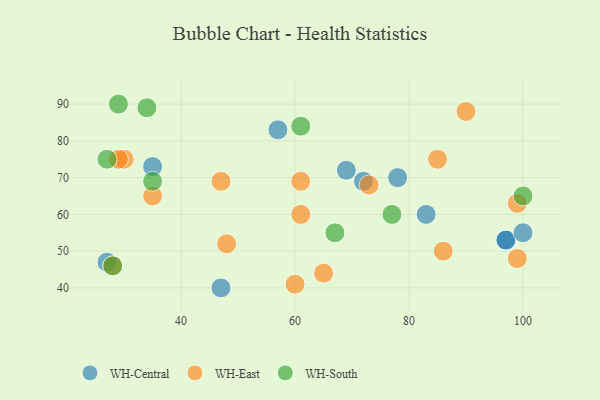
{"axis": {"x": "GDP", "y": "Life Expectancy"}, "legend": ["WH-Central", "WH-East", "WH-South"], "data": [{"x": "69", "y": 72, "type": "WH-Central"}, {"x": "72", "y": 69, "type": "WH-Central"}, {"x": "78", "y": 70, "type": "WH-Central"}, {"x": "97", "y": 53, "type": "WH-Central"}, {"x": "35", "y": 73, "type": "WH-Central"}, {"x": "27", "y": 47, "type": "WH-Central"}, {"x": "97", "y": 53, "type": "WH-Central"}, {"x": "83", "y": 60, "type": "WH-Central"}, {"x": "100", "y": 55, "type": "WH-Central"}, {"x": "47", "y": 40, "type": "WH-Central"}, {"x": "57", "y": 83, "type": "WH-Central"}, {"x": "90", "y": 88, "type": "WH-East"}, {"x": "30", "y": 75, "type": "WH-East"}, {"x": "61", "y": 60, "type": "WH-East"}, {"x": "99", "y": 48, "type": "WH-East"}, {"x": "73", "y": 68, "type": "WH-East"}, {"x": "48", "y": 52, "type": "WH-East"}, {"x": "47", "y": 69, "type": "WH-East"}, {"x": "85", "y": 75, "type": "WH-East"}, {"x": "29", "y": 75, "type": "WH-East"}, {"x": "60", "y": 41, "type": "WH-East"}, {"x": "61", "y": 69, "type": "WH-East"}, {"x": "35", "y": 65, "type": "WH-East"}, {"x": "28", "y": 46, "type": "WH-East"}, {"x": "99", "y": 63, "type": "WH-East"}, {"x": "86", "y": 50, "type": "WH-East"}, {"x": "65", "y": 44, "type": "WH-East"}, {"x": "67", "y": 55, "type": "WH-South"}, {"x": "27", "y": 75, "type": "WH-South"}, {"x": "77", "y": 60, "type": "WH-South"}, {"x": "34", "y": 89, "type": "WH-South"}, {"x": "100", "y": 65, "type": "WH-South"}, {"x": "61", "y": 84, "type": "WH-South"}, {"x": "35", "y": 69, "type": "WH-South"}, {"x": "29", "y": 90, "type": "WH-South"}, {"x": "28", "y": 46, "type": "WH-South"}]}